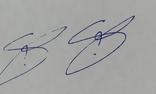
Signature authenticity: genuine